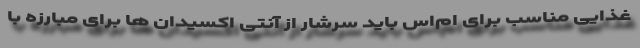
غذایی مناسب برای ام‌اس باید سرشار از آنتی اکسیدان ها برای مبارزه با